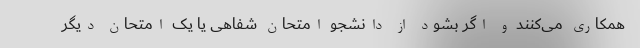
همکاری می‌کنند و اگر بشود از دانشجو امتحان شفاهی یا یک امتحان دیگر